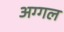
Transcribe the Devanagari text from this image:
अग्गल